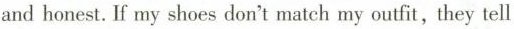
and honest. If my shoes don't match my outfit, they tell